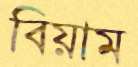
বিয়াম